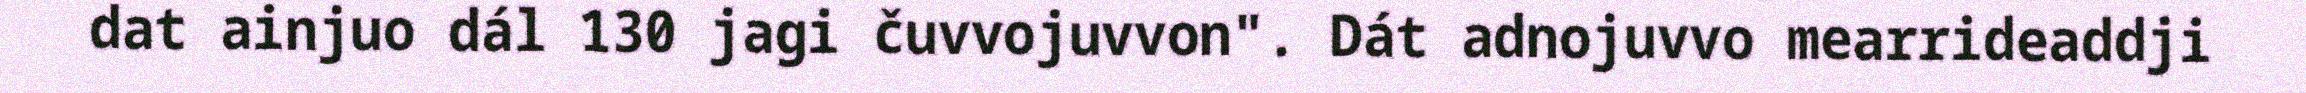
dat ainjuo dál 130 jagi čuvvojuvvon". Dát adnojuvvo mearrideaddji